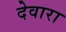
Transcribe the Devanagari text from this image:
देवारा